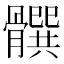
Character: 𩪞